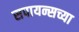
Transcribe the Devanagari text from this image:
सपायन्सच्या